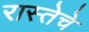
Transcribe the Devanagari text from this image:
रास्तेचे